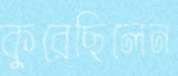
কুরেছিলেন